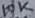
Text: 10K